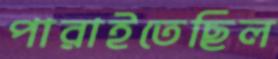
পারাইতেছিল